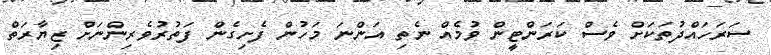
ސަރަހައްދުތަކަށް ވެސް ކަރަންޓީން ވުމެއް ނެތި އަންނަ މަހުން ފެށިގެން ފަތުރުވެރިންނަށް ޒިޔާރަތް